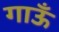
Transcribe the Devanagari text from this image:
गाऊँ